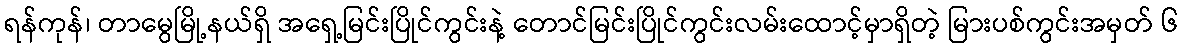
ရန်ကုန်၊ တာမွေမြို့နယ်ရှိ အရှေ့မြင်းပြိုင်ကွင်းနဲ့ တောင်မြင်းပြိုင်ကွင်းလမ်းထောင့်မှာရှိတဲ့ မြားပစ်ကွင်းအမှတ် ၆